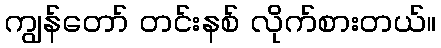
ကျွန်တော် တင်းနစ် လိုက်စားတယ်။